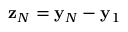
{ \bf z } _ { N } = { \bf y } _ { N } - { \bf y } _ { 1 }